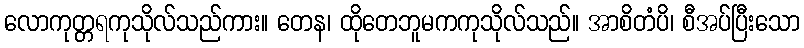
လောကုတ္တရကုသိုလ်သည်ကား။ တေန၊ ထိုတေဘူမကကုသိုလ်သည်။ အာစိတံပိ၊ စီအပ်ပြီးသော